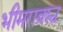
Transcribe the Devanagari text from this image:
भीमरावश्च